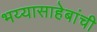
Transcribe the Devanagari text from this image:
भय्यासाहेबांची